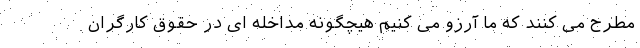
مطرح می کنند که ما آرزو می کنیم هیچگونه مداخله ای در حقوق کارگران